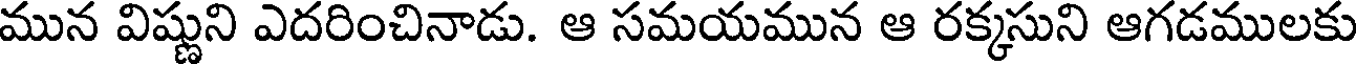
మున విష్ణుని ఎదరించినాడు. ఆ సమయమున ఆ రక్కసుని ఆగడములకు